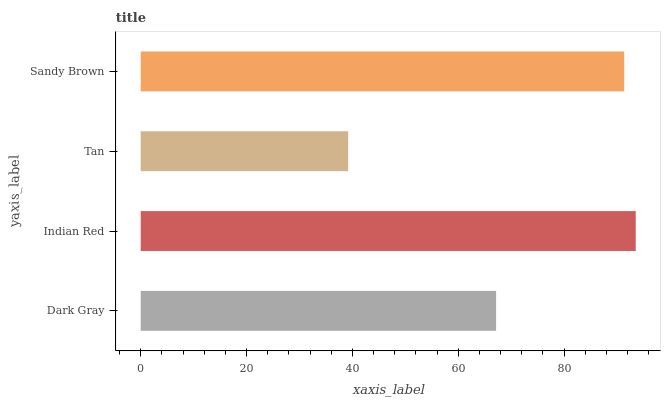
| yaxis_label | bars |
 | --- | --- |
 | Dark Gray | 67.2 |
 | Indian Red | 93.5 |
 | Tan | 39.2 |
 | Sandy Brown | 91.4 |